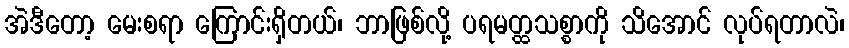
အဲဒီတော့ မေးစရာ ကြောင်းရှိတယ်၊ ဘာဖြစ်လို့ ပရမတ္ထသစ္စာကို သိအောင် လုပ်ရတာလဲ၊